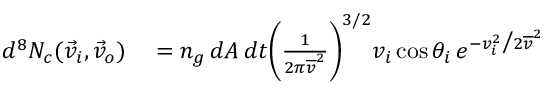
\begin{array} { r l } { d ^ { 8 } N _ { c } ( \vec { v } _ { i } , \vec { v } _ { o } ) } & { { } = n _ { g } \, d A \, d t \bigg ( \frac { 1 } { 2 \pi \overline { { v } } ^ { 2 } } \bigg ) ^ { 3 / 2 } v _ { i } \, \mathrm { c o s } \, \theta _ { i } \, e ^ { - v _ { i } ^ { 2 } \big / 2 \overline { { v } } ^ { 2 } } } \end{array}